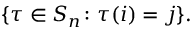
\{ \tau \in S _ { n } \colon \tau ( i ) = j \} .